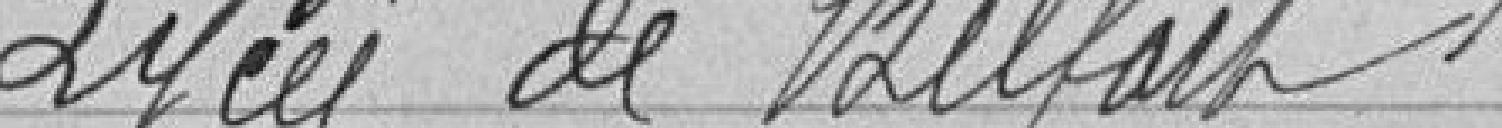
Lycée de Belfort